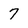
Character: 7